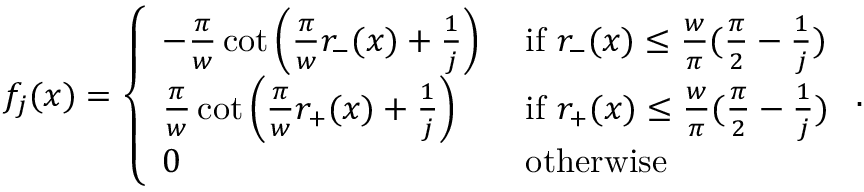
f _ { j } ( x ) = \left\{ \begin{array} { l l } { - \frac { \pi } { w } \cot \left( \frac { \pi } { w } r _ { - } ( x ) + \frac { 1 } { j } \right) } & { \mathrm { ~ i f ~ } r _ { - } ( x ) \le \frac { w } { \pi } ( \frac { \pi } { 2 } - \frac { 1 } { j } ) } \\ { \frac { \pi } { w } \cot \left( \frac { \pi } { w } r _ { + } ( x ) + \frac { 1 } { j } \right) } & { \mathrm { ~ i f ~ } r _ { + } ( x ) \le \frac { w } { \pi } ( \frac { \pi } { 2 } - \frac { 1 } { j } ) } \\ { 0 } & { \mathrm { ~ o t h e r w i s e } } \end{array} \right. .